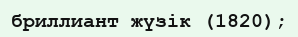
бриллиант жүзік (1820);